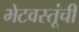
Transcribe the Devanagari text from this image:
भेटवस्तूंची